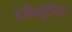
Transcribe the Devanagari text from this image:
इलैक्ट्रोनिक